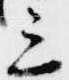
三